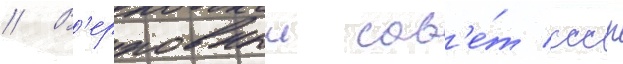
// В'ерховныи сов'е́т ссср